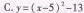
C.$$y = ( x - 5 )^{2} - 1 3$$